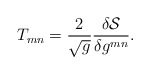
\begin{align*} T_{mn} = \frac{2}{\sqrt{g}} \frac{\delta {\mathcal{S}}}{\delta g^{mn}}.\end{align*}